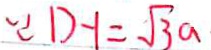
\because D - 1 = \sqrt { 3 } a